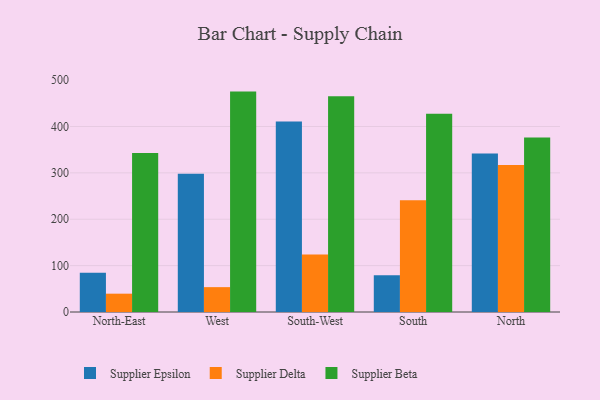
{"axis": {"x": "Region", "y": "Inventory Turnover"}, "legend": ["Supplier Beta", "Supplier Delta", "Supplier Epsilon"], "data": [{"x": "North-East", "y": 84.7, "type": "Supplier Epsilon"}, {"x": "North-East", "y": 39.5, "type": "Supplier Delta"}, {"x": "North-East", "y": 342.9, "type": "Supplier Beta"}, {"x": "West", "y": 297.9, "type": "Supplier Epsilon"}, {"x": "West", "y": 53.6, "type": "Supplier Delta"}, {"x": "West", "y": 475.2, "type": "Supplier Beta"}, {"x": "South-West", "y": 411.0, "type": "Supplier Epsilon"}, {"x": "South-West", "y": 124.2, "type": "Supplier Delta"}, {"x": "South-West", "y": 465.2, "type": "Supplier Beta"}, {"x": "South", "y": 79.5, "type": "Supplier Epsilon"}, {"x": "South", "y": 241.2, "type": "Supplier Delta"}, {"x": "South", "y": 427.4, "type": "Supplier Beta"}, {"x": "North", "y": 341.7, "type": "Supplier Epsilon"}, {"x": "North", "y": 316.9, "type": "Supplier Delta"}, {"x": "North", "y": 376.1, "type": "Supplier Beta"}]}